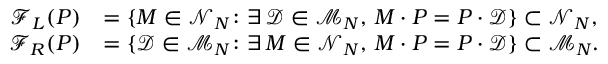
\begin{array} { r l } { \mathcal { F } _ { L } ( P ) } & { = \{ M \in \mathcal { N } _ { N } \colon \exists \, \mathcal { D } \in \mathcal { M } _ { N } , \, M \cdot P = P \cdot \mathcal { D } \} \subset \mathcal { N } _ { N } , } \\ { \mathcal { F } _ { R } ( P ) } & { = \{ \mathcal { D } \in \mathcal { M } _ { N } \colon \exists \, M \in \mathcal { N } _ { N } , \, M \cdot P = P \cdot \mathcal { D } \} \subset \mathcal { M } _ { N } . } \end{array}